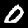
Label: 0